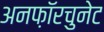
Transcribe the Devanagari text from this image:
अनफ़ॉरचुनेट